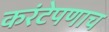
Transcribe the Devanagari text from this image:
करंटेपणाच